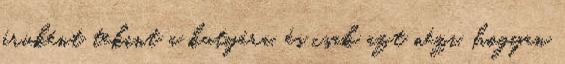
áruként tekint a kutyára, és csak azt nézi, hogyan